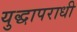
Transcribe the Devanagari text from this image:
युद्धापराधी